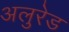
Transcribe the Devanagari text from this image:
अलुरेड